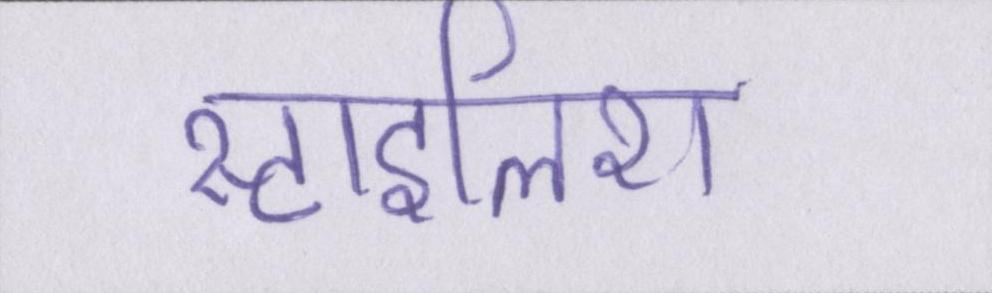
स्टाइलिश